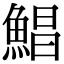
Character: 鯧